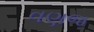
વણજ